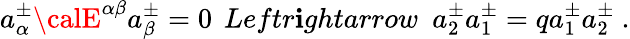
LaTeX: a_{\alpha}^{\pm}{\calE}^{\alpha\beta}a_{\beta}^{\pm}=0\ \, Leftr\mathbf{i}ghtarrow\ \ a_{2}^{\pm}a_{1}^{\pm}=qa_{1}^{\pm}a_{2}^{\pm}\ .